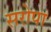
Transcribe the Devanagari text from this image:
सरोपा